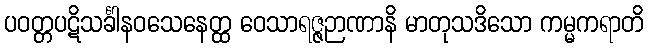
ပဝတ္တပဋိသင်္ခါနဝသေနေတ္ထ ဝေသာရဇ္ဇဉာဏာနိ မာတုသဒိသော ကမ္မကရာတိ